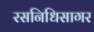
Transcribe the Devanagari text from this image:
रसनिधिसागर